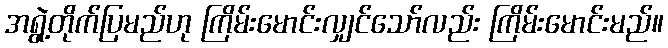
အရွဲ့တိုက်ပြမည်ဟု ကြိမ်းမောင်းလျှင်သော်လည်း ကြိမ်းမောင်းမည်။